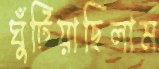
ঘুঁটিয়াছিলাম